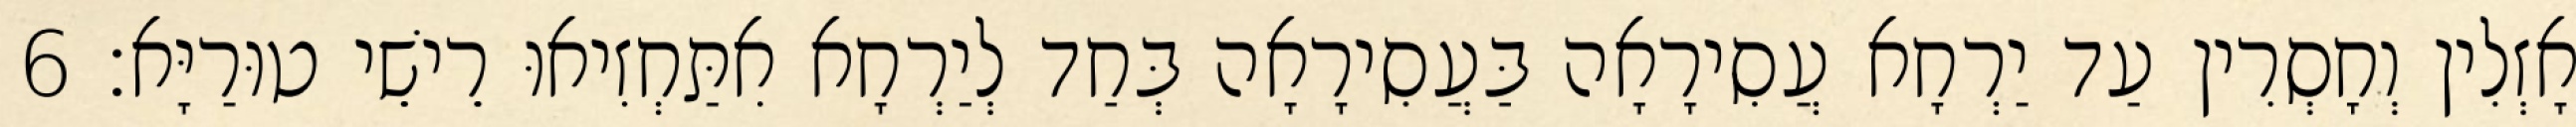
אָזְלִין וְחָסְרִין עַד יַרְחָא עֲסִירָאָה בַּעֲסִירָאָה בְּחַד לְיַרְחָא אִתַּחְזִיאוּ רֵישֵׁי טוּרַיָּא׃ 6